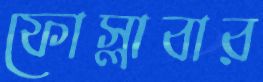
ফোস্‌লাবার